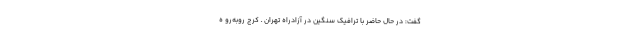
گفت: در حال حاضر با ترافیک سنگین در آزادراه تهران ـ کرج روبه‌رو ه